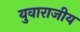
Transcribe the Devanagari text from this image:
युवाराजीय